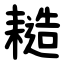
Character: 䎭